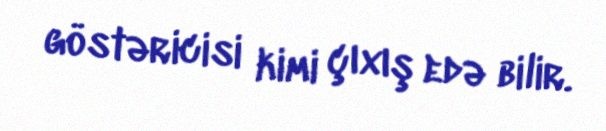
göstəricisi kimi çıxış edə bilir.